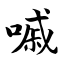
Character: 嘁